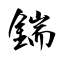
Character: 鍴